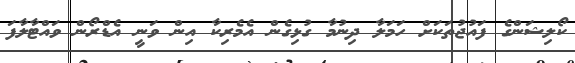
ކޯލިޝަންގެ ފައުޖުތަކަށް ހަމަލާ ދިނުމާ ގުޅިގެން އެމެރިކާ އިން ވަނީ އެޑްރޯން ވައްޓާލާފަ